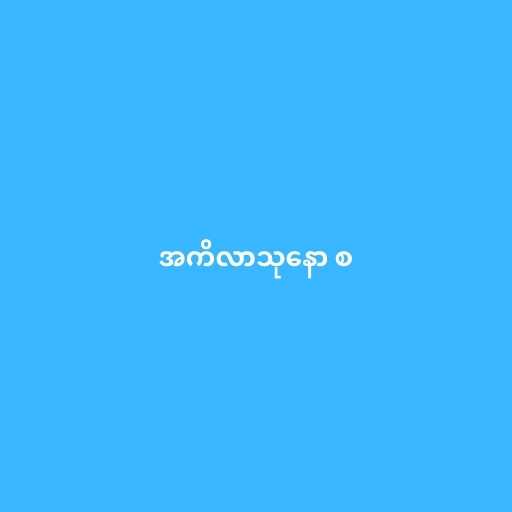
အကိလာသုနော စ